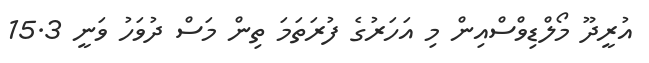
އުރީދޫ މޯލްޑިވްސްއިން މި އަހަރުގެ ފުރަތަމަ ތިން މަސް ދުވަހު ވަނީ 15.3